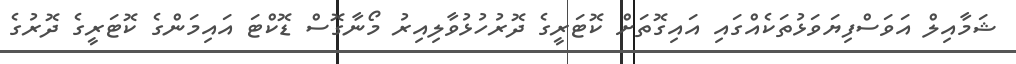
ޝަމާއިލް އަވަސްފިޔަވަޅުތަކެއްގައި އައިގޮތަށް ކޮޓަރީގެ ދޮރުހުޅުވާލިއިރު މޯނާގޮސް ޑޮކްޓަ އައިމަންގެ ކޮޓަރީގެ ދޮރުގެ